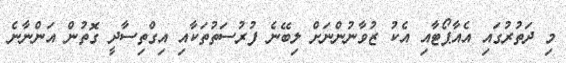
މި ދަތުރުގައި އެއާޕޯޓާއި އެކު ޒުވާނުންނަށް ލިބޭނެ ފުރުސަތުތަކާއި އިގްތިސާދީ ގޮތުން އަންނާނެ